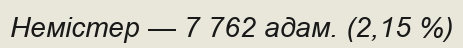
Немістер — 7 762 адам. (2,15 %)